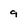
Character: 9